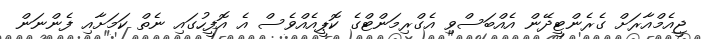
ޖީއެމްއާރަށް ގެރެންޓީދޭން އެއްބަސްވި އެގްރިމަންޓްގެ ކޮޕީއެއްވެސް އެ އޮފީހުގައި ނެތް ކަމަށާއި ފެންނަން